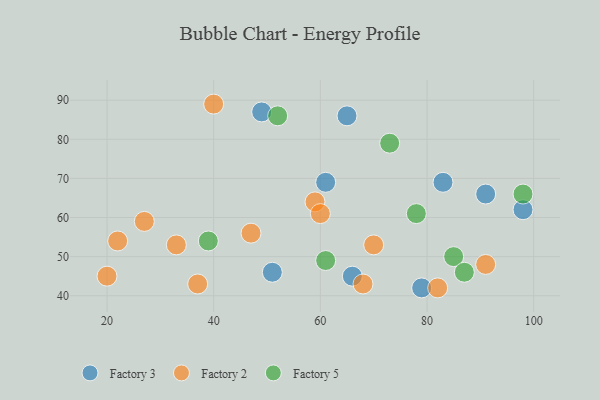
{"axis": {"x": "GDP", "y": "Life Expectancy"}, "legend": ["Factory 2", "Factory 3", "Factory 5"], "data": [{"x": "66", "y": 45, "type": "Factory 3"}, {"x": "83", "y": 69, "type": "Factory 3"}, {"x": "79", "y": 42, "type": "Factory 3"}, {"x": "65", "y": 86, "type": "Factory 3"}, {"x": "98", "y": 62, "type": "Factory 3"}, {"x": "51", "y": 46, "type": "Factory 3"}, {"x": "91", "y": 66, "type": "Factory 3"}, {"x": "49", "y": 87, "type": "Factory 3"}, {"x": "61", "y": 69, "type": "Factory 3"}, {"x": "59", "y": 64, "type": "Factory 2"}, {"x": "60", "y": 61, "type": "Factory 2"}, {"x": "70", "y": 53, "type": "Factory 2"}, {"x": "82", "y": 42, "type": "Factory 2"}, {"x": "40", "y": 89, "type": "Factory 2"}, {"x": "68", "y": 43, "type": "Factory 2"}, {"x": "22", "y": 54, "type": "Factory 2"}, {"x": "33", "y": 53, "type": "Factory 2"}, {"x": "27", "y": 59, "type": "Factory 2"}, {"x": "20", "y": 45, "type": "Factory 2"}, {"x": "47", "y": 56, "type": "Factory 2"}, {"x": "91", "y": 48, "type": "Factory 2"}, {"x": "37", "y": 43, "type": "Factory 2"}, {"x": "98", "y": 66, "type": "Factory 5"}, {"x": "73", "y": 79, "type": "Factory 5"}, {"x": "39", "y": 54, "type": "Factory 5"}, {"x": "85", "y": 50, "type": "Factory 5"}, {"x": "78", "y": 61, "type": "Factory 5"}, {"x": "61", "y": 49, "type": "Factory 5"}, {"x": "52", "y": 86, "type": "Factory 5"}, {"x": "87", "y": 46, "type": "Factory 5"}]}